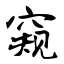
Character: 窥